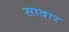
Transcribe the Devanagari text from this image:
सावार